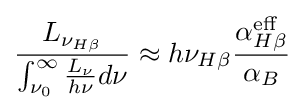
{\frac {L_{\nu _{H\beta }}}{\int _{\nu _{0}}^{\infty }{\frac {L_{\nu }}{h\nu }}d\nu }}\approx h\nu _{H\beta }{\frac {\alpha _{H\beta }^{\text{eff}}}{\alpha _{B}}}